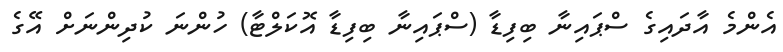
އެންމެ އާދައިގެ ސްޕައިނާ ބިފިޑާ (ސްޕައިނާ ބިފިޑާ އޮކަލްޓާ) ހުންނަ ކުދިންނަށް އޭގެ